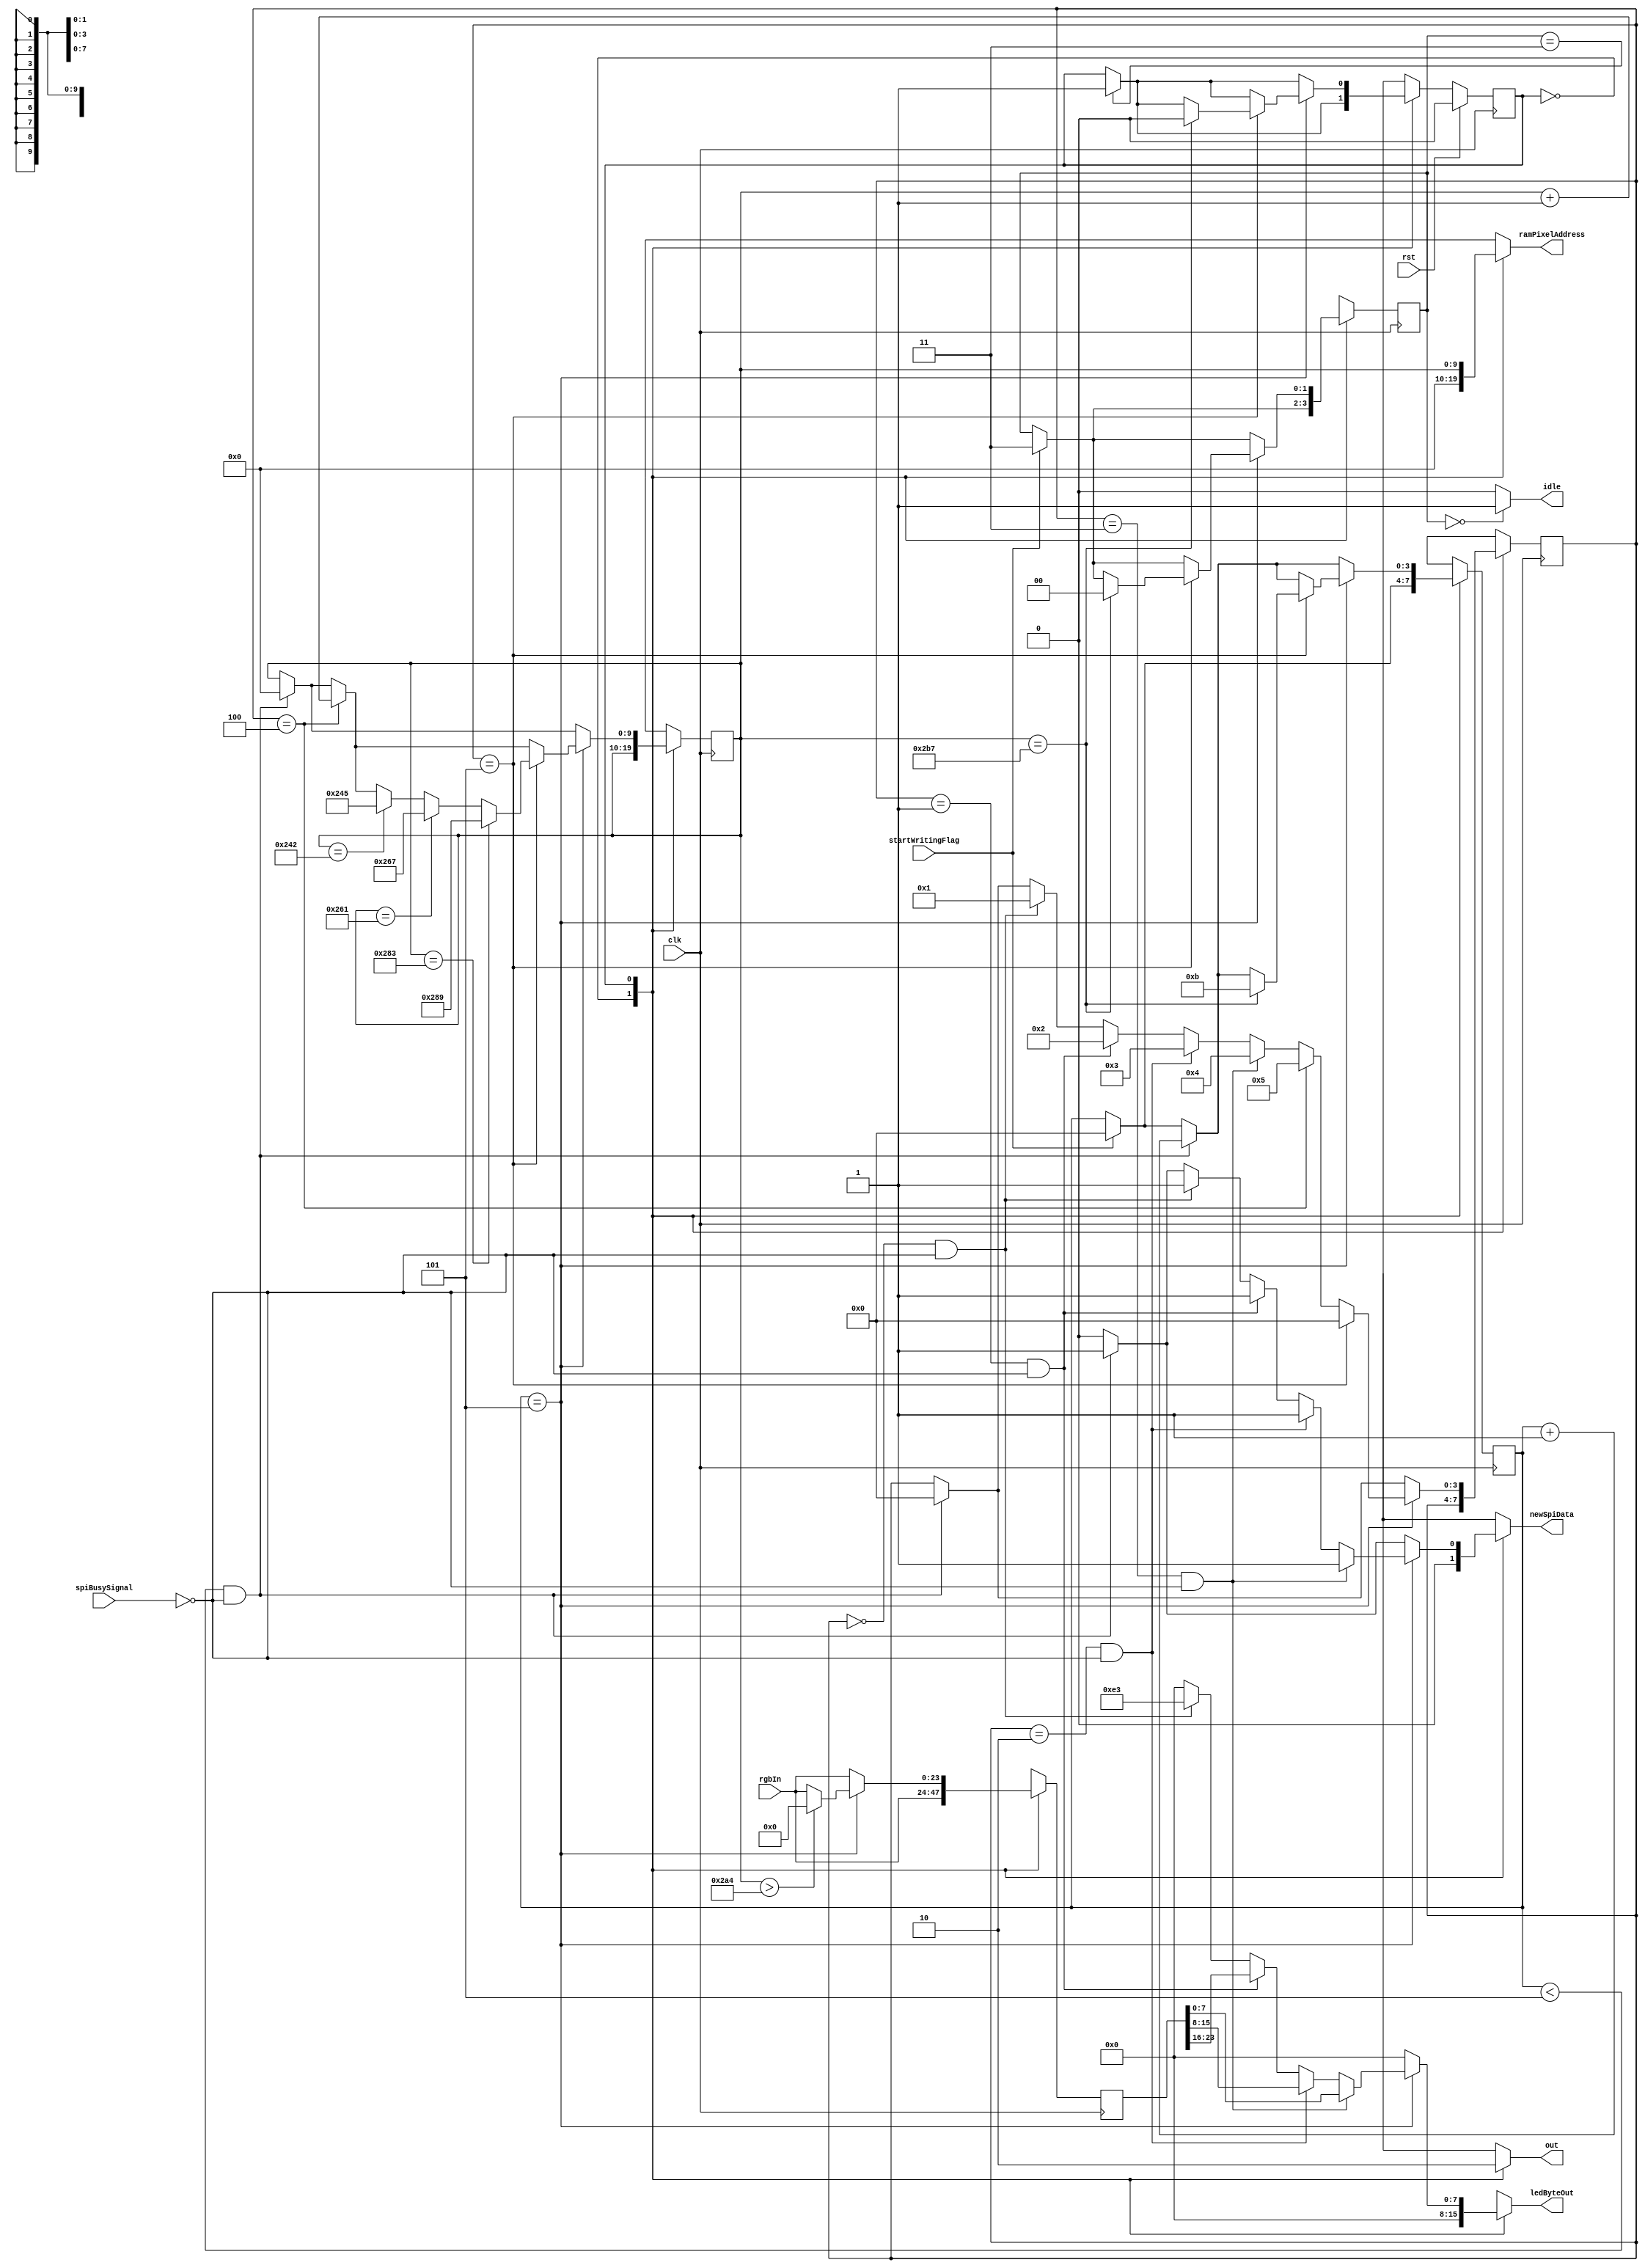
/*
   This file was generated automatically by the Mojo IDE version B1.3.6.
   Do not edit this file directly. Instead edit the original Lucid source.
   This is a temporary file and any changes made to it will be destroyed.
*/

module panel_21_25 (
    input clk,
    input rst,
    input spiBusySignal,
    output reg newSpiData,
    output reg [7:0] ledByteOut,
    output reg [9:0] ramPixelAddress,
    output reg idle,
    input [23:0] rgbIn,
    input startWritingFlag,
    output reg out
  );
  
  
  
  localparam IDLE_state = 1'd0;
  localparam WRITE_state = 1'd1;
  
  reg M_state_d, M_state_q = IDLE_state;
  reg [3:0] M_ledStartBitCounter_d, M_ledStartBitCounter_q = 1'h0;
  reg [3:0] M_rgbCounter_d, M_rgbCounter_q = 1'h0;
  reg [9:0] M_pixelAddress_d, M_pixelAddress_q = 1'h0;
  reg [1:0] M_panelControl1_d, M_panelControl1_q = 1'h0;
  reg [23:0] M_rgbPixels_d, M_rgbPixels_q = 1'h0;
  
  always @* begin
    M_state_d = M_state_q;
    M_ledStartBitCounter_d = M_ledStartBitCounter_q;
    M_panelControl1_d = M_panelControl1_q;
    M_rgbPixels_d = M_rgbPixels_q;
    M_pixelAddress_d = M_pixelAddress_q;
    M_rgbCounter_d = M_rgbCounter_q;
    
    out = 1'h0;
    idle = 1'h0;
    newSpiData = 1'h0;
    ledByteOut = 1'h0;
    ramPixelAddress = 1'h0;
    M_rgbPixels_d[0+23-:24] = rgbIn;
    if (M_panelControl1_q == 1'h0) begin
      idle = 1'h1;
    end
    if (startWritingFlag == 1'h1) begin
      M_panelControl1_d = 2'h3;
      M_ledStartBitCounter_d = 1'h0;
    end
    if (M_panelControl1_q == 2'h3) begin
      M_state_d = WRITE_state;
    end
    
    case (M_state_q)
      IDLE_state: begin
        out = 1'h1;
      end
      WRITE_state: begin
        ramPixelAddress = M_pixelAddress_q;
        if (M_ledStartBitCounter_q < 3'h5 && !spiBusySignal) begin
          ledByteOut = 8'h00;
          newSpiData = 1'h1;
          M_ledStartBitCounter_d = M_ledStartBitCounter_q + 1'h1;
          M_pixelAddress_d = 1'h0;
          M_rgbCounter_d = 1'h0;
        end
        if (M_ledStartBitCounter_q == 3'h5) begin
          if (M_pixelAddress_q > 10'h2a4) begin
            M_rgbPixels_d = 1'h0;
          end
          if (M_rgbCounter_q == 1'h0 && !spiBusySignal) begin
            ledByteOut = 8'he3;
            newSpiData = 1'h1;
            M_rgbCounter_d = 1'h1;
          end
          if (M_rgbCounter_q == 1'h1 && !spiBusySignal) begin
            ledByteOut = M_rgbPixels_q[16+7-:8];
            newSpiData = 1'h1;
            M_rgbCounter_d = 2'h2;
          end
          if (M_rgbCounter_q == 2'h2 && !spiBusySignal) begin
            ledByteOut = M_rgbPixels_q[8+7-:8];
            newSpiData = 1'h1;
            M_rgbCounter_d = 2'h3;
          end
          if (M_rgbCounter_q == 2'h3 && !spiBusySignal) begin
            ledByteOut = M_rgbPixels_q[0+7-:8];
            newSpiData = 1'h1;
            M_rgbCounter_d = 3'h4;
          end
          if (M_rgbCounter_q == 3'h4) begin
            M_pixelAddress_d = M_pixelAddress_q + 1'h1;
            M_rgbCounter_d = 3'h5;
          end
          if (M_rgbCounter_q == 3'h5) begin
            M_rgbCounter_d = 1'h0;
            if (M_pixelAddress_q == 10'h242) begin
              M_pixelAddress_d = 10'h245;
            end
            if (M_pixelAddress_q == 10'h261) begin
              M_pixelAddress_d = 10'h267;
            end
            if (M_pixelAddress_q == 10'h283) begin
              M_pixelAddress_d = 10'h289;
            end
            if (M_pixelAddress_q == 10'h2b7) begin
              M_ledStartBitCounter_d = 4'hb;
              M_panelControl1_d = 1'h0;
              M_state_d = IDLE_state;
            end
          end
        end
      end
    endcase
  end
  
  always @(posedge clk) begin
    M_ledStartBitCounter_q <= M_ledStartBitCounter_d;
    M_rgbCounter_q <= M_rgbCounter_d;
    M_pixelAddress_q <= M_pixelAddress_d;
    M_panelControl1_q <= M_panelControl1_d;
    M_rgbPixels_q <= M_rgbPixels_d;
    
    if (rst == 1'b1) begin
      M_state_q <= 1'h0;
    end else begin
      M_state_q <= M_state_d;
    end
  end
  
endmodule